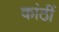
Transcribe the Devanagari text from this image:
कांठीं